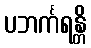
ပဘင်္ကရန္တိ